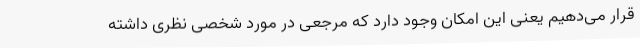
قرار می‌دهیم یعنی این امکان وجود دارد که مرجعی در مورد شخصی نظری داشته